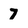
Character: 7